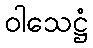
ဝါသေဋ္ဌံ